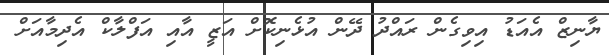
ޔާނިޒް އެއަޑު އިވިގެން ރައްދު ދޭން އުޅެނިކޮށް އަޒީ އާއި އަފްލާކް އެދިމާއަށް